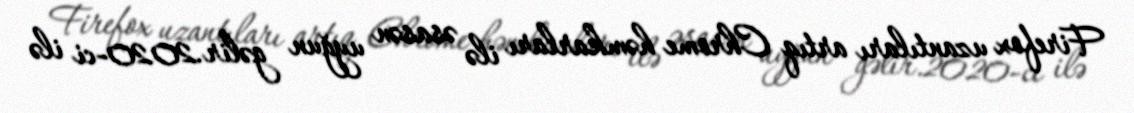
Firefox uzantıları artıq Chrome həmkarları ilə əsasən uyğun gəlir.2020-ci ilə